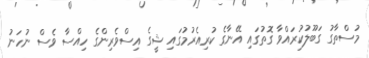
މުސްތާގު ގަބޫލުކުރައްވާ ގޮތުގައި އޭނާގެ ކުރިއެރުމުގައި ޝީގެ އިސްވެރިންގެ ހިއްސާ ވެސް ނުހަނު